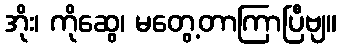
အိုး၊ ကိုဆွေ၊ မတွေ့တာကြာပြီဗျ။